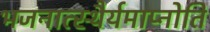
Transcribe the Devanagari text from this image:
भजनात्स्थैर्यमाप्नोति